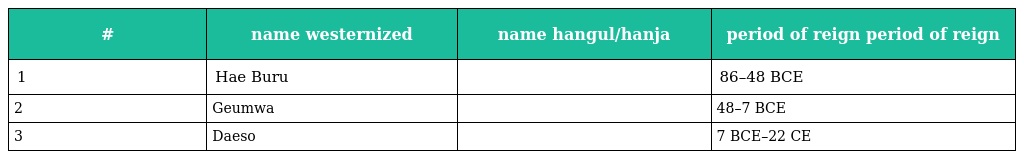
| # | name westernized | name hangul/hanja | period of reign period of reign |
 | --- | --- | --- | --- |
 | 1 | Hae Buru | 해부루 解夫婁 | 86–48 BCE |
 | 2 | Geumwa | 금와왕 金蛙王 | 48–7 BCE |
 | 3 | Daeso | 대소왕 臺素王 | 7 BCE–22 CE |